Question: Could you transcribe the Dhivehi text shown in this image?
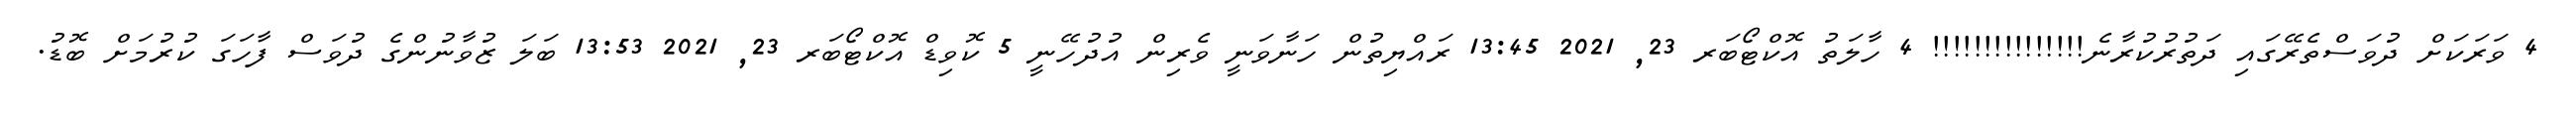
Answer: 4 ވަރަކަށް ދުވަސްތެރޭގައި ދަތުރުކުރާނެ!!!!!!!!!!!!!!! 4 ހާލަތު އޮކްޓޯބަރ 23, 2021 13:45 ރައްޔިތުން ހަނާވަނީ ވެރިން އުދުހޭނީ 5 ކޮވިޑް އޮކްޓޯބަރ 23, 2021 13:53 ބަލަ ޒުވާނުންގެ ދުވަސް ފާހަގަ ކުރުމަށް ބޮޑު.